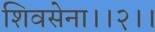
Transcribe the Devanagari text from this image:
शिवसेना।।२।।